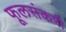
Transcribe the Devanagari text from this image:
फूलसंकरी